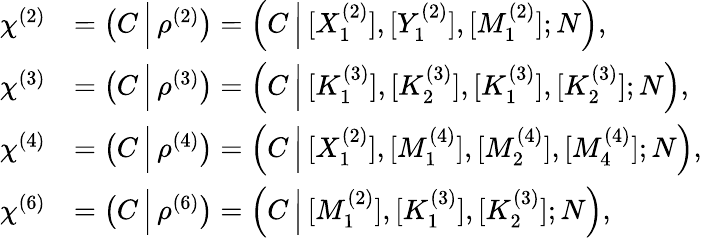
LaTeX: \begin{array}{rl}{\chi^{(2)}}&{=\left(C\, \Big|\, \rho^{(2)}\right)=\left(C\, \Big|\, [X_{1}^{(2)}],[Y_{1}^{(2)}],[M_{1}^{(2)}];N\right),}\\ {\chi^{(3)}}&{=\left(C\, \Big|\, \rho^{(3)}\right)=\left(C\, \Big|\, [K_{1}^{(3)}],[K_{2}^{(3)}],[K_{1}^{(3)}],[K_{2}^{(3)}];N\right),}\\ {\chi^{(4)}}&{=\left(C\, \Big|\, \rho^{(4)}\right)=\left(C\, \Big|\, [X_{1}^{(2)}],[M_{1}^{(4)}],[M_{2}^{(4)}],[M_{4}^{(4)}];N\right),}\\ {\chi^{(6)}}&{=\left(C\, \Big|\, \rho^{(6)}\right)=\left(C\, \Big|\, [M_{1}^{(2)}],[K_{1}^{(3)}],[K_{2}^{(3)}];N\right),}\end{array}